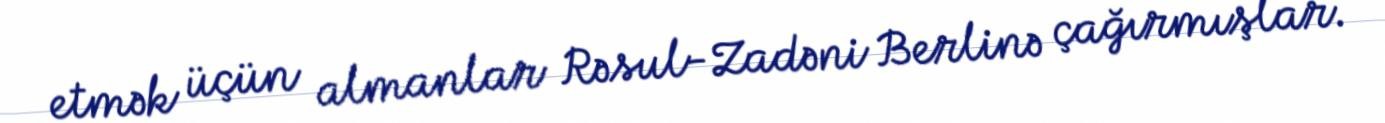
etmək üçün almanlar Rəsul-Zadəni Berlinə çağırmışlar.